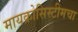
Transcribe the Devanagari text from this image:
मायक्रोसिस्टीमचा